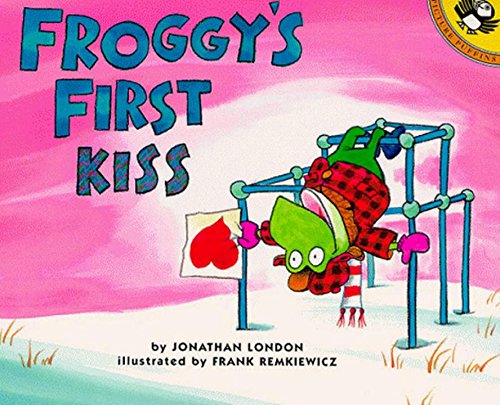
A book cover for Froggy's First Kiss; Jonathan London; Children's Books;